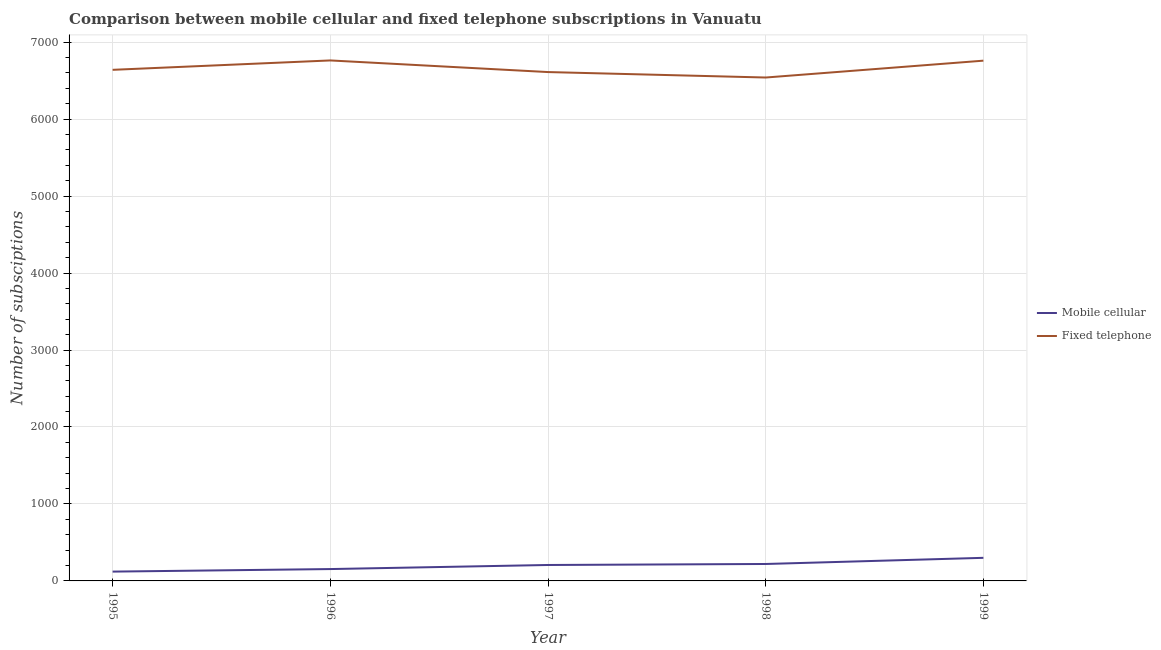
| Year | Mobile cellular | Fixed telephone |
 | --- | --- | --- |
 | 1995 | 121 | 6.64e+03 |
 | 1996 | 154 | 6.76e+03 |
 | 1997 | 207 | 6.61e+03 |
 | 1998 | 220 | 6.54e+03 |
 | 1999 | 300 | 6.76e+03 |